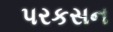
પરકસન